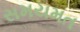
સમયમત